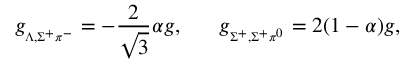
g _ { { } _ { \Lambda , \Sigma ^ { + } \pi ^ { - } } } = - \frac { 2 } { \sqrt 3 } \alpha g , \ \ \ \ \ g _ { { } _ { \Sigma ^ { + } , \Sigma ^ { + } \pi ^ { 0 } } } = 2 ( 1 - \alpha ) g ,